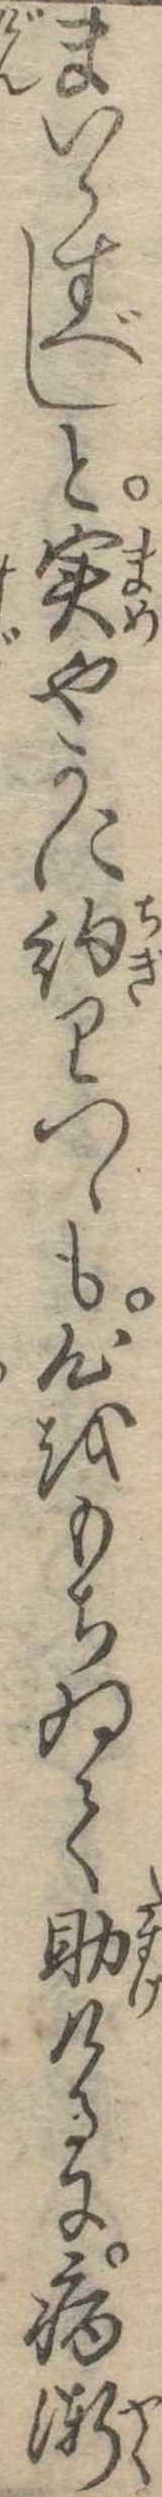
まいらすべしと実やかに約りつゝも心をもちゐて助けるに病漸